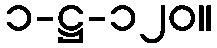
၁-ဋ္ဌ-၁၂၀။